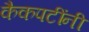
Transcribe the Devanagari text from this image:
कैकपटींनी